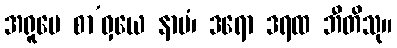
အရူပေ စာ’ဝှယေ နာမံ၊ ဒရော ဒရထ ဘီတိသု။